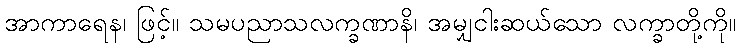
အာကာရေန၊ ဖြင့်။ သမပညာသလက္ခဏာနိ၊ အမျှငါးဆယ်သော လက္ခာတို့ကို။